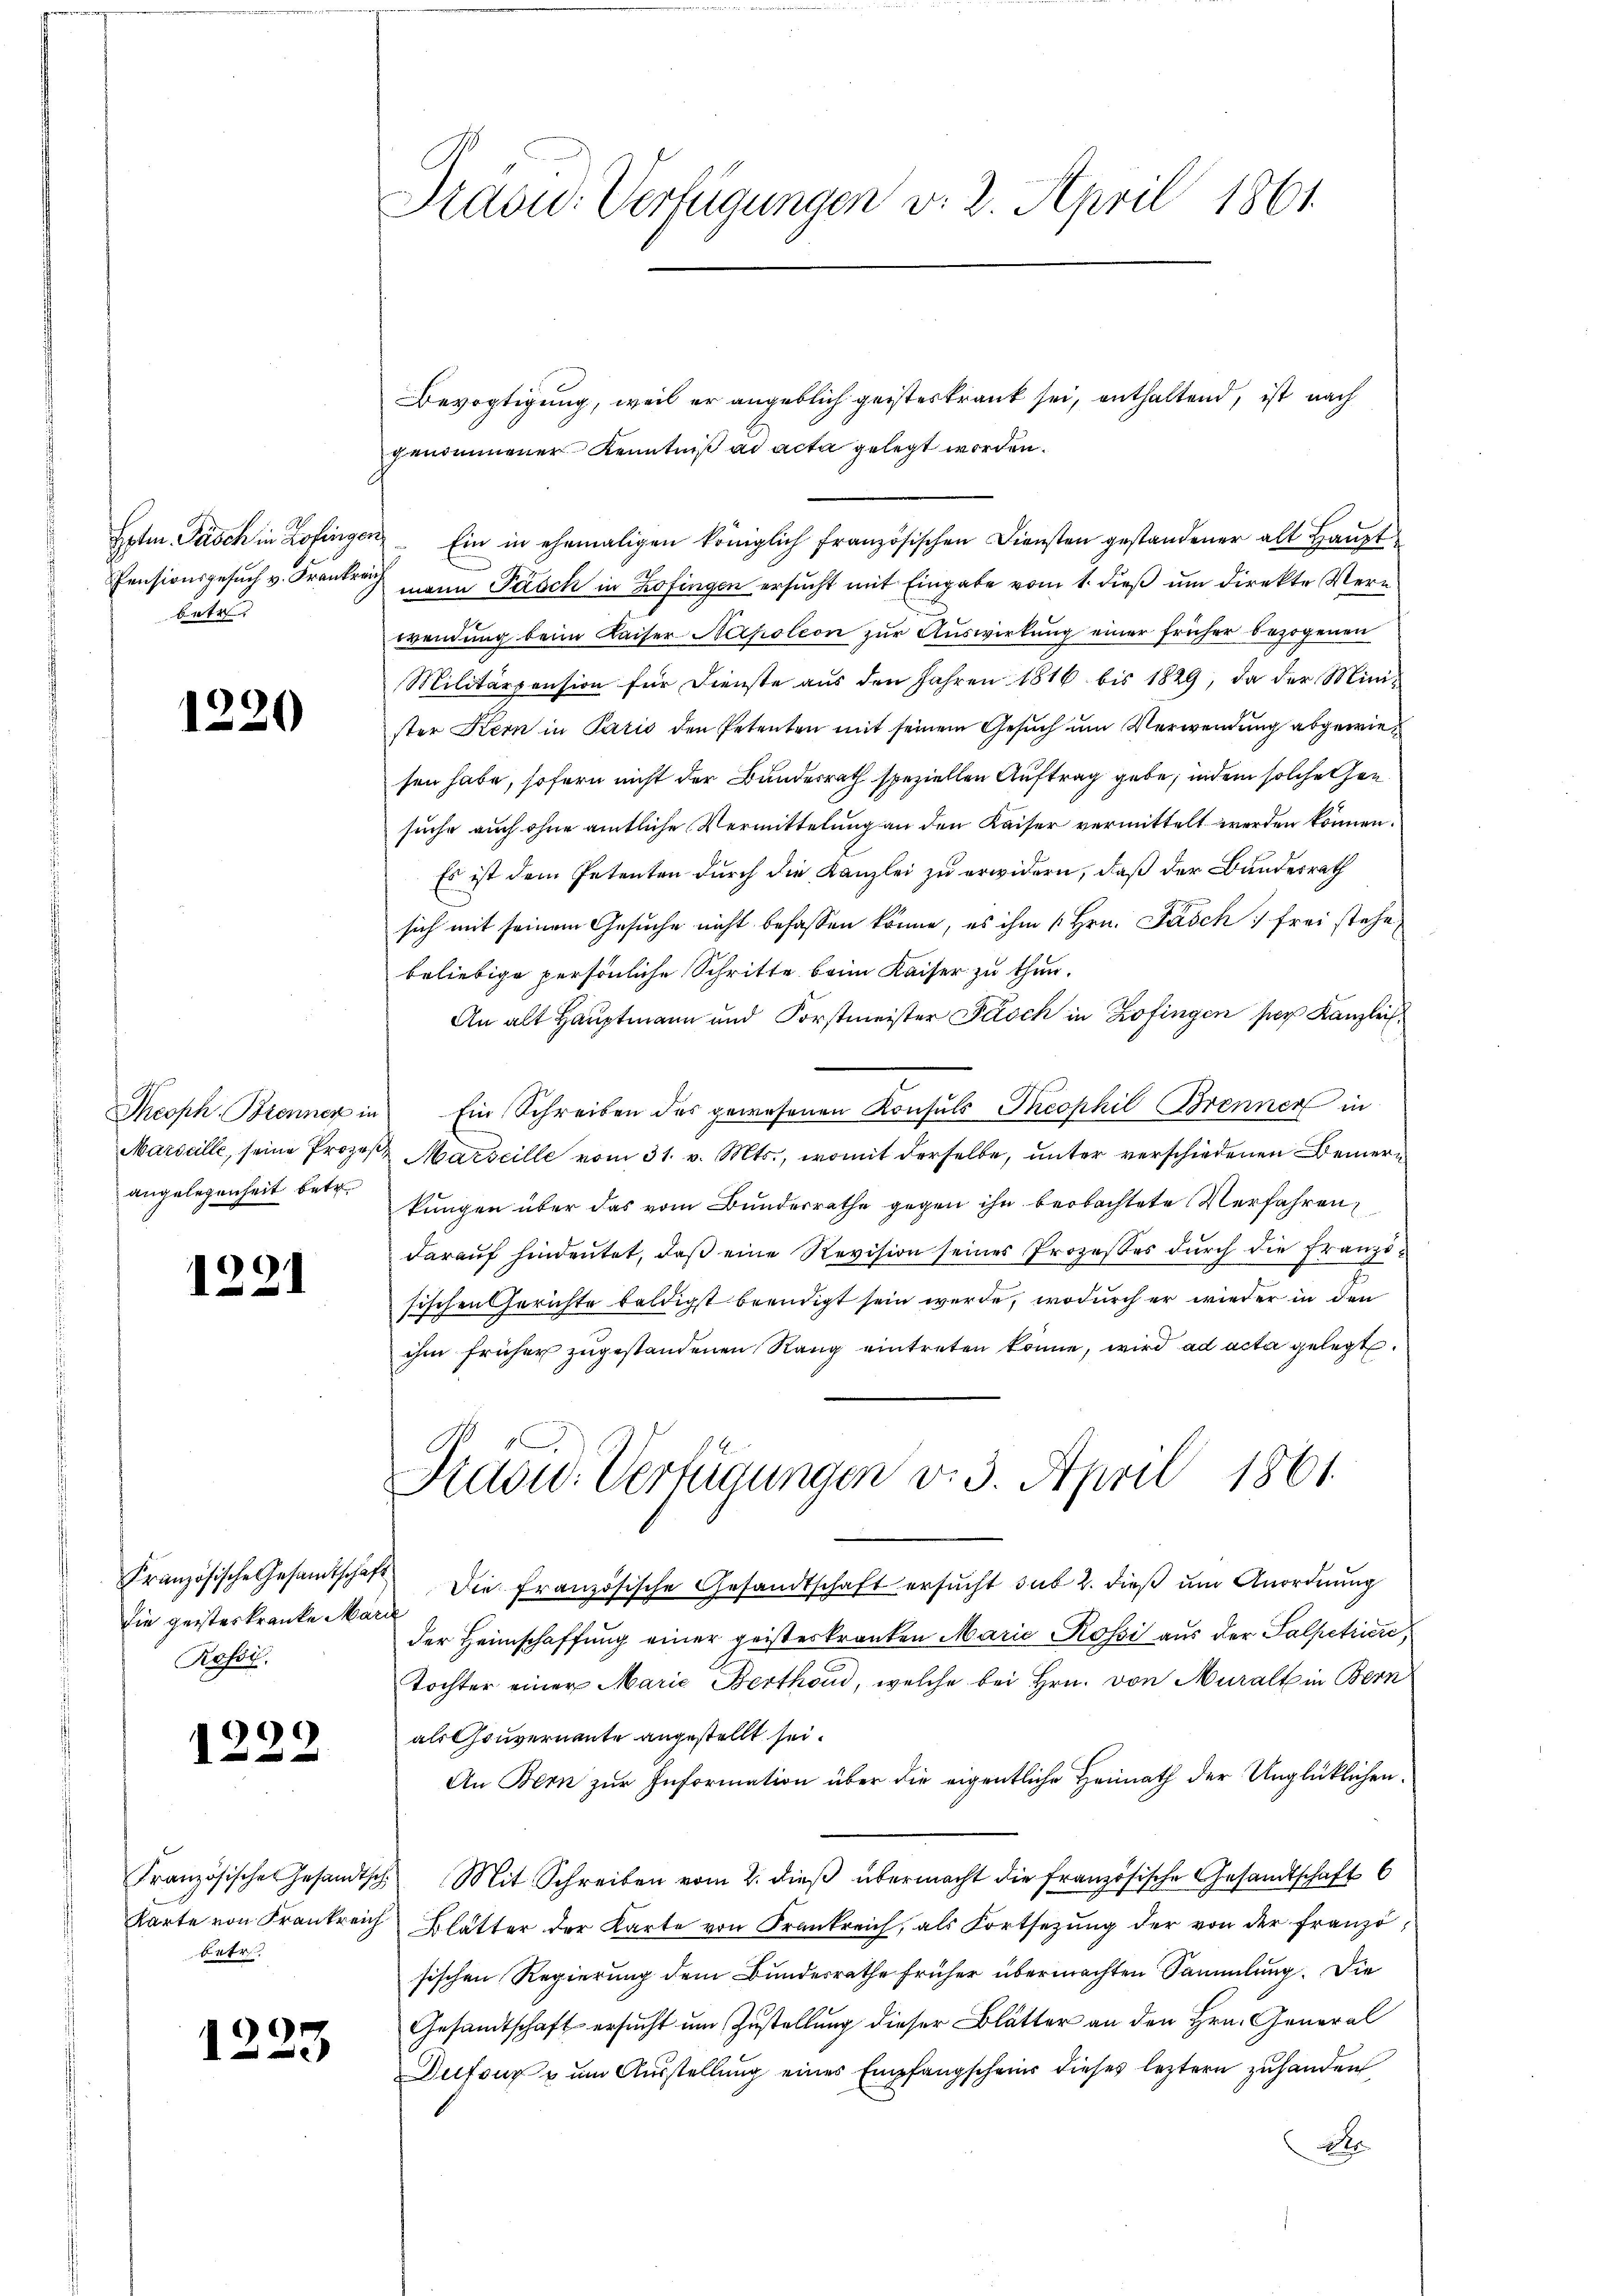
Exten Pasch in Zofinge
Pensionsgesuch v. Frankre
betr.

1220

Theoph. Brenner
Mardelle, seine Proze
angelegenheit betr.

129.

die geisteskranke Marie
Rossil.

)
 x

1223

l

betr.

Tradid: Verfügungen v. 2. April 1861.

Bevogtigung, weil er angeblich geisteskrank sei, enthaltend, ist nach
genommener Kenntniß ad acta gelegt worden.
 Ein in ehemaligen königlich französischen Diensten gestandener alt Hauptmann Pasch in Zofingen ersucht mit Eingabe vom 1. dieß um direkte Verwendung beim Kaiser Napoleon zur Auswirkung einer früher bezogenen
Militärpension für Dienste aus den Jahren 1816 bis 1829, da der Mini-
ster Kern in Paris den Petenten mit seinem Gesŭch ŭm Verwendung abgewiesen habe, sofern nicht der Bundesrath speziellen Auftrag gebe, indem solche hansuche auch ohne amtliche Vermittelung an den Kaiser vermittelt werden können.
Es ist dem Petenten durch die Kanzlei zu erwidern, daß der Bundesrath
sich mit seinem Gesuche nicht befassen könne, es ihm [Hrn. Fasch frei stehe,
beliebige persönliche Schritte beim Kaiser zu thun.
An alt Hauptmann und Forstmeister Pasch in Zofingen sie Kanzlich
Ein Schreiben des gewesenen Konsuls Theophil Brenner in
2. Marseille vom 31. v. Mts., womit derselbe, unter verschiedenen Bemerkungen über das vom Bundesrathe gegen ihn beobachtete Verfahren
daraŭf hindeutet, daβ eine Revision seines Prozeßes dŭrch die Franzifischen Gerichte baldigst beendigt sein werde, wodurch er wieder in den
ihm früher zugestandenen Rang eintreten könne, wird ad acta gelegt.
S
Kadw. Verfügungen v. 3. April 1861
Französische Gesamtschaft die französische Gesandtschaft ersucht sub 2. dieß um Anordnung
der Heimschaffung einer geisteskranken Marie Rossi aus der Salpetriere,
Tochter einer Marie Berthoud, welche bei Hrn. von Muralt in Bern
als Gouvernante angestellt sei.
An Bern zŭr Information über die eigentliche Heimath der Unglücklichen.
Französische Gesandtsch. Mit Schreiben vom 2. dieβ übermacht die französische Gesandtschaft 6
Karte von Frankreich Blätter der Karte von Frankreich, als Fortsetzung der von der französischen Regierung dem Bundesrathe früher übermachten Sammlung. Die
Gesandtschaft ersucht um Zustellung dieser Blätter an den Hrn. General
Dufour u ŭm Aŭsstellŭng eines Empfangscheur dieses leztern zuhanden
2t